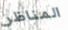
المناظر